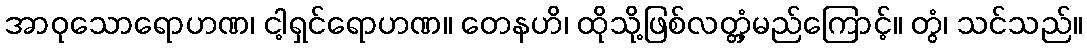
အာဝုသောရောဟဏ၊ ငါ့ရှင်ရောဟဏ။ တေနဟိ၊ ထိုသို့ဖြစ်လတ္တံ့မည်ကြောင့်။ တွံ၊ သင်သည်။